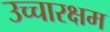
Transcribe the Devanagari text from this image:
उच्चारक्षम